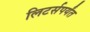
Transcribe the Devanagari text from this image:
लिटर्सपर्यंत